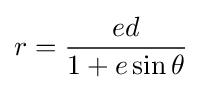
r={\frac {ed}{1+e\sin \theta }}